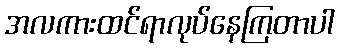
အလကားထင်ရာလုပ်နေကြတာပါ